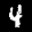
Label: 4